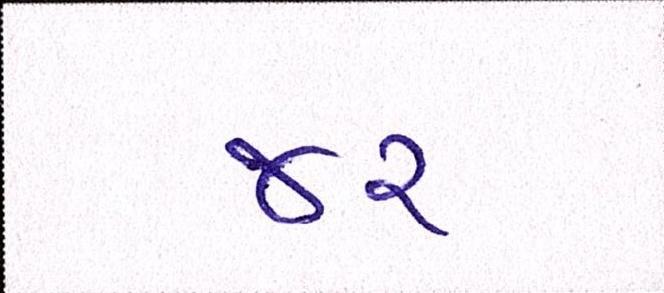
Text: જર